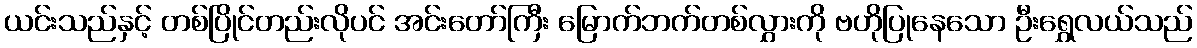
ယင်းသည်နှင့် တစ်ပြိုင်တည်းလိုပင် အင်းတော်ကြီး မြောက်ဘက်တစ်လွှားကို ဗဟိုပြုနေသော ဦးရွှေလယ်သည်